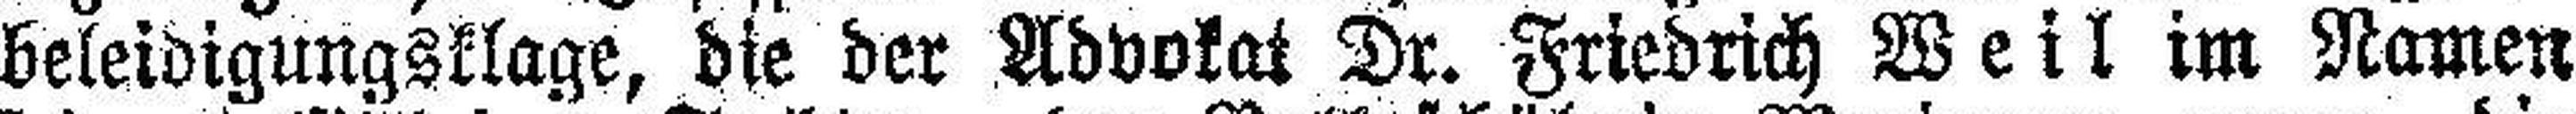
beleidigungsklage, die der Advokat Dr. Friedrich Weil im Namen